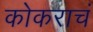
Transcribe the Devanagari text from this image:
कोकराचं